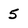
Character: 5